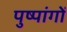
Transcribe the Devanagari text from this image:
पुष्पांगों